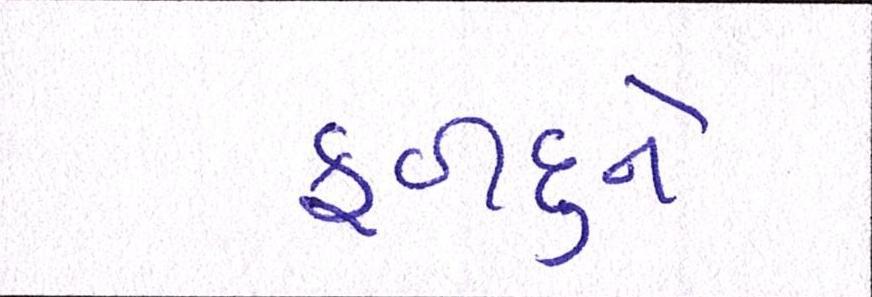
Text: ફળદુને